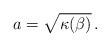
LaTeX: \begin{align*}a = \sqrt{\kappa (\beta)} \,.\end{align*}